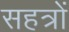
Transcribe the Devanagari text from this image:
सहत्रों